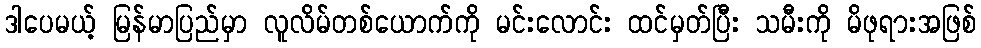
ဒါပေမယ့် မြန်မာပြည်မှာ လူလိမ်တစ်ယောက်ကို မင်းလောင်း ထင်မှတ်ပြီး သမီးကို မိဖုရားအဖြစ်